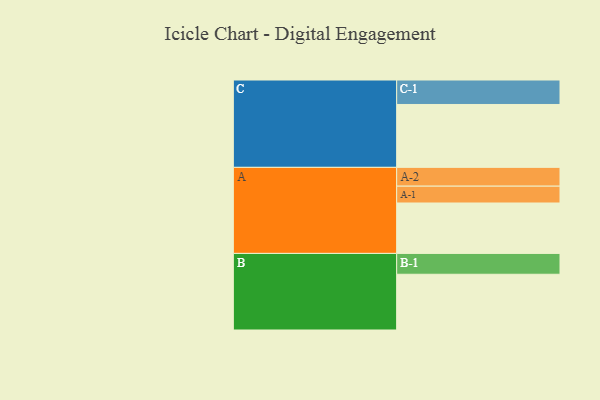
{"axis": {"x": "Segment", "y": "Value"}, "legend": ["", "A", "B", "C"], "data": [{"x": "A", "y": 416, "type": ""}, {"x": "B", "y": 460, "type": ""}, {"x": "C", "y": 519, "type": ""}, {"x": "A-1", "y": 139, "type": "A"}, {"x": "A-2", "y": 155, "type": "A"}, {"x": "B-1", "y": 172, "type": "B"}, {"x": "C-1", "y": 202, "type": "C"}]}